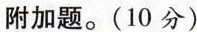
附加题。(10分)